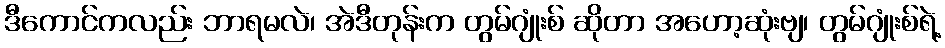
ဒီကောင်ကလည်း ဘာရမလဲ၊ အဲဒီတုန်းက တွမ်ဂျုံးစ် ဆိုတာ အဟော့ဆုံးဗျ၊ တွမ်ဂျုံးစ်ရဲ့